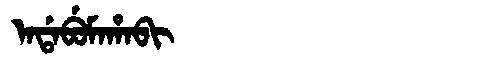
Manchu: ᠠᡩᠠᠪᡠᠮᠠᡥᠠᠪᡳ
Romanization: ADABUMAHABI